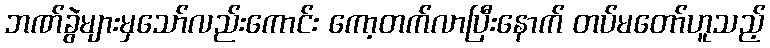
ဘဏ်ခွဲများမှသော်လည်းကောင်း ကော့တက်လာပြီးနောက် တပ်မတော်ဟူသည့်